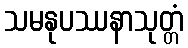
သမနုပဿနာသုတ္တံ